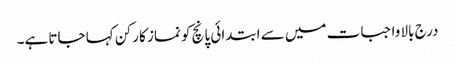
درج بالا واجبات میں سے ابتدائی پانچ کو نماز کا رکن کہا جاتا ہے۔